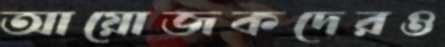
আয়োজকদেরও